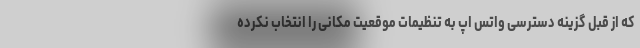
که از قبل گزینه دسترسی واتس اپ به تنظیمات موقعیت مکانی را انتخاب نکرده